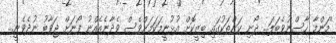
''މަންމާ ހާސްނުވެބަލަ... ދޯނި ކަންތަކުގައި ބިޒީކޮށް އުޅުނީމަކަމަށްވެސް ވެދާނެއެއްނު ފޯނަށް ޖަވާބު ނުދެވެނީ...